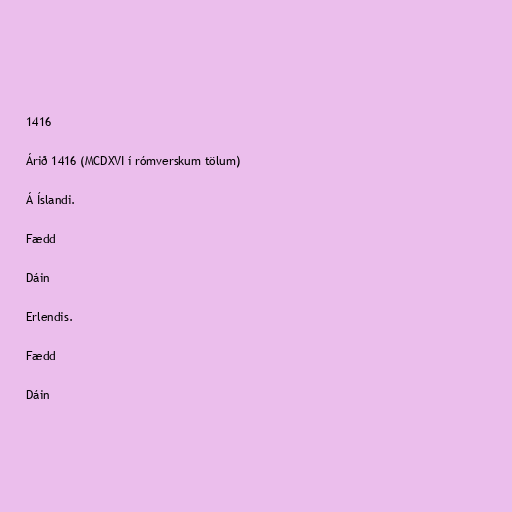
1416

Árið 1416 (MCDXVI í rómverskum tölum)

Á Íslandi.

Fædd

Dáin

Erlendis.

Fædd

Dáin